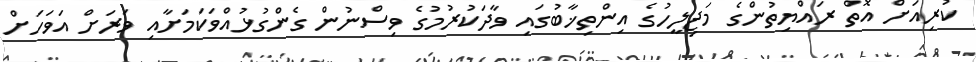
ކުރިއަށް އޮތް ރައްޔިތުންގެ މަޖިލީހުގެ އިންތިޚާބުގައި ވާދަކުރުމުގެ ވިސްނުން ގެންގުޅުއްވަކަމަށާއި ވަރަށް އަވަހަށް